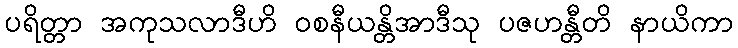
ပရိတ္တာ အကုသလာဒီဟိ ဝစနီယန္တိအာဒီသု ပဇဟန္တီတိ နာယိကာ